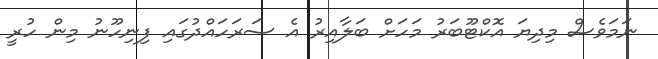
ނަމަވެސް މިދިޔަ އޮކްޓޫބަރު މަހަށް ބަލާއިރު އެ ސަރަހައްދުގައި ފިނިހޫނު މިން ހުރީ